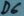
Text: D6